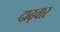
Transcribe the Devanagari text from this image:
दाढ़वार